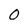
Character: 0